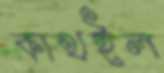
কাথইল